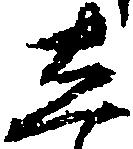
し